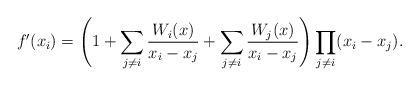
LaTeX: \begin{align*} f'(x_i) = \left(1 + \sum_{j \ne i} {\frac{W_i(x)}{x_i - x_j}} + \sum_{j \ne i} {\frac{W_j(x)}{x_i - x_j}} \right) \prod_{j \ne i} (x_i - x_j).\end{align*}